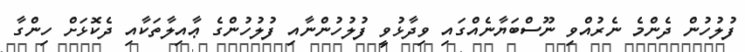
ފުލުހުން ދެންމެ ނެރުއްވި ނޫސްބަޔާނެއްގައި ވިދާޅުވީ ފުލުހުންނާއި ފުލުހުންގެ ޢާއިލާތަކާއި ދެކޮޅަށް ހިންގާ